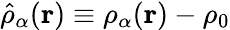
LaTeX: \hat{\rho}_{\alpha}(\mathbf{r})\equiv\rho_{\alpha}(\mathbf{r})-\rho_{0}